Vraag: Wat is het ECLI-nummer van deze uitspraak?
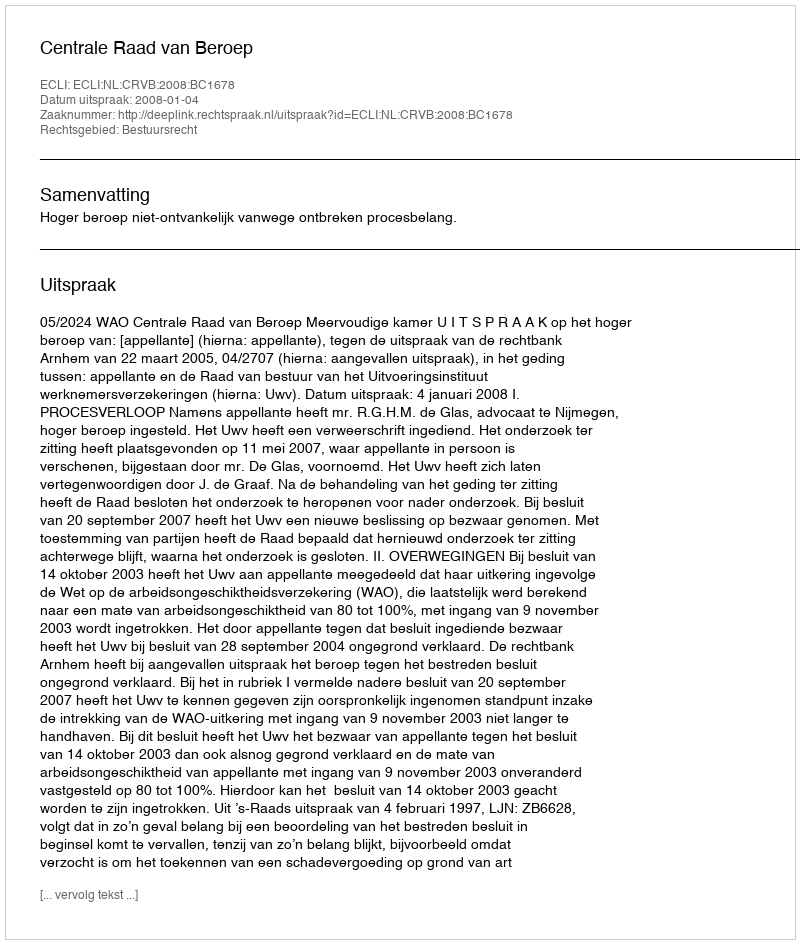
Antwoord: ECLI:NL:CRVB:2008:BC1678